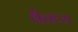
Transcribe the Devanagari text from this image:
वैतथ्य